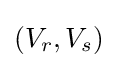
(V_{r},V_{s})